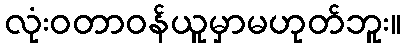
လုံးဝတာဝန်ယူမှာမဟုတ်ဘူး။